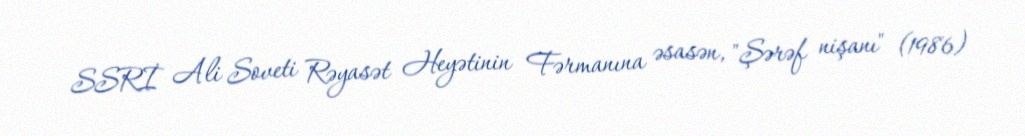
SSRİ Ali Soveti Rəyasət Heyətinin Fərmanına əsasən, "Şərəf nişanı" (1986)